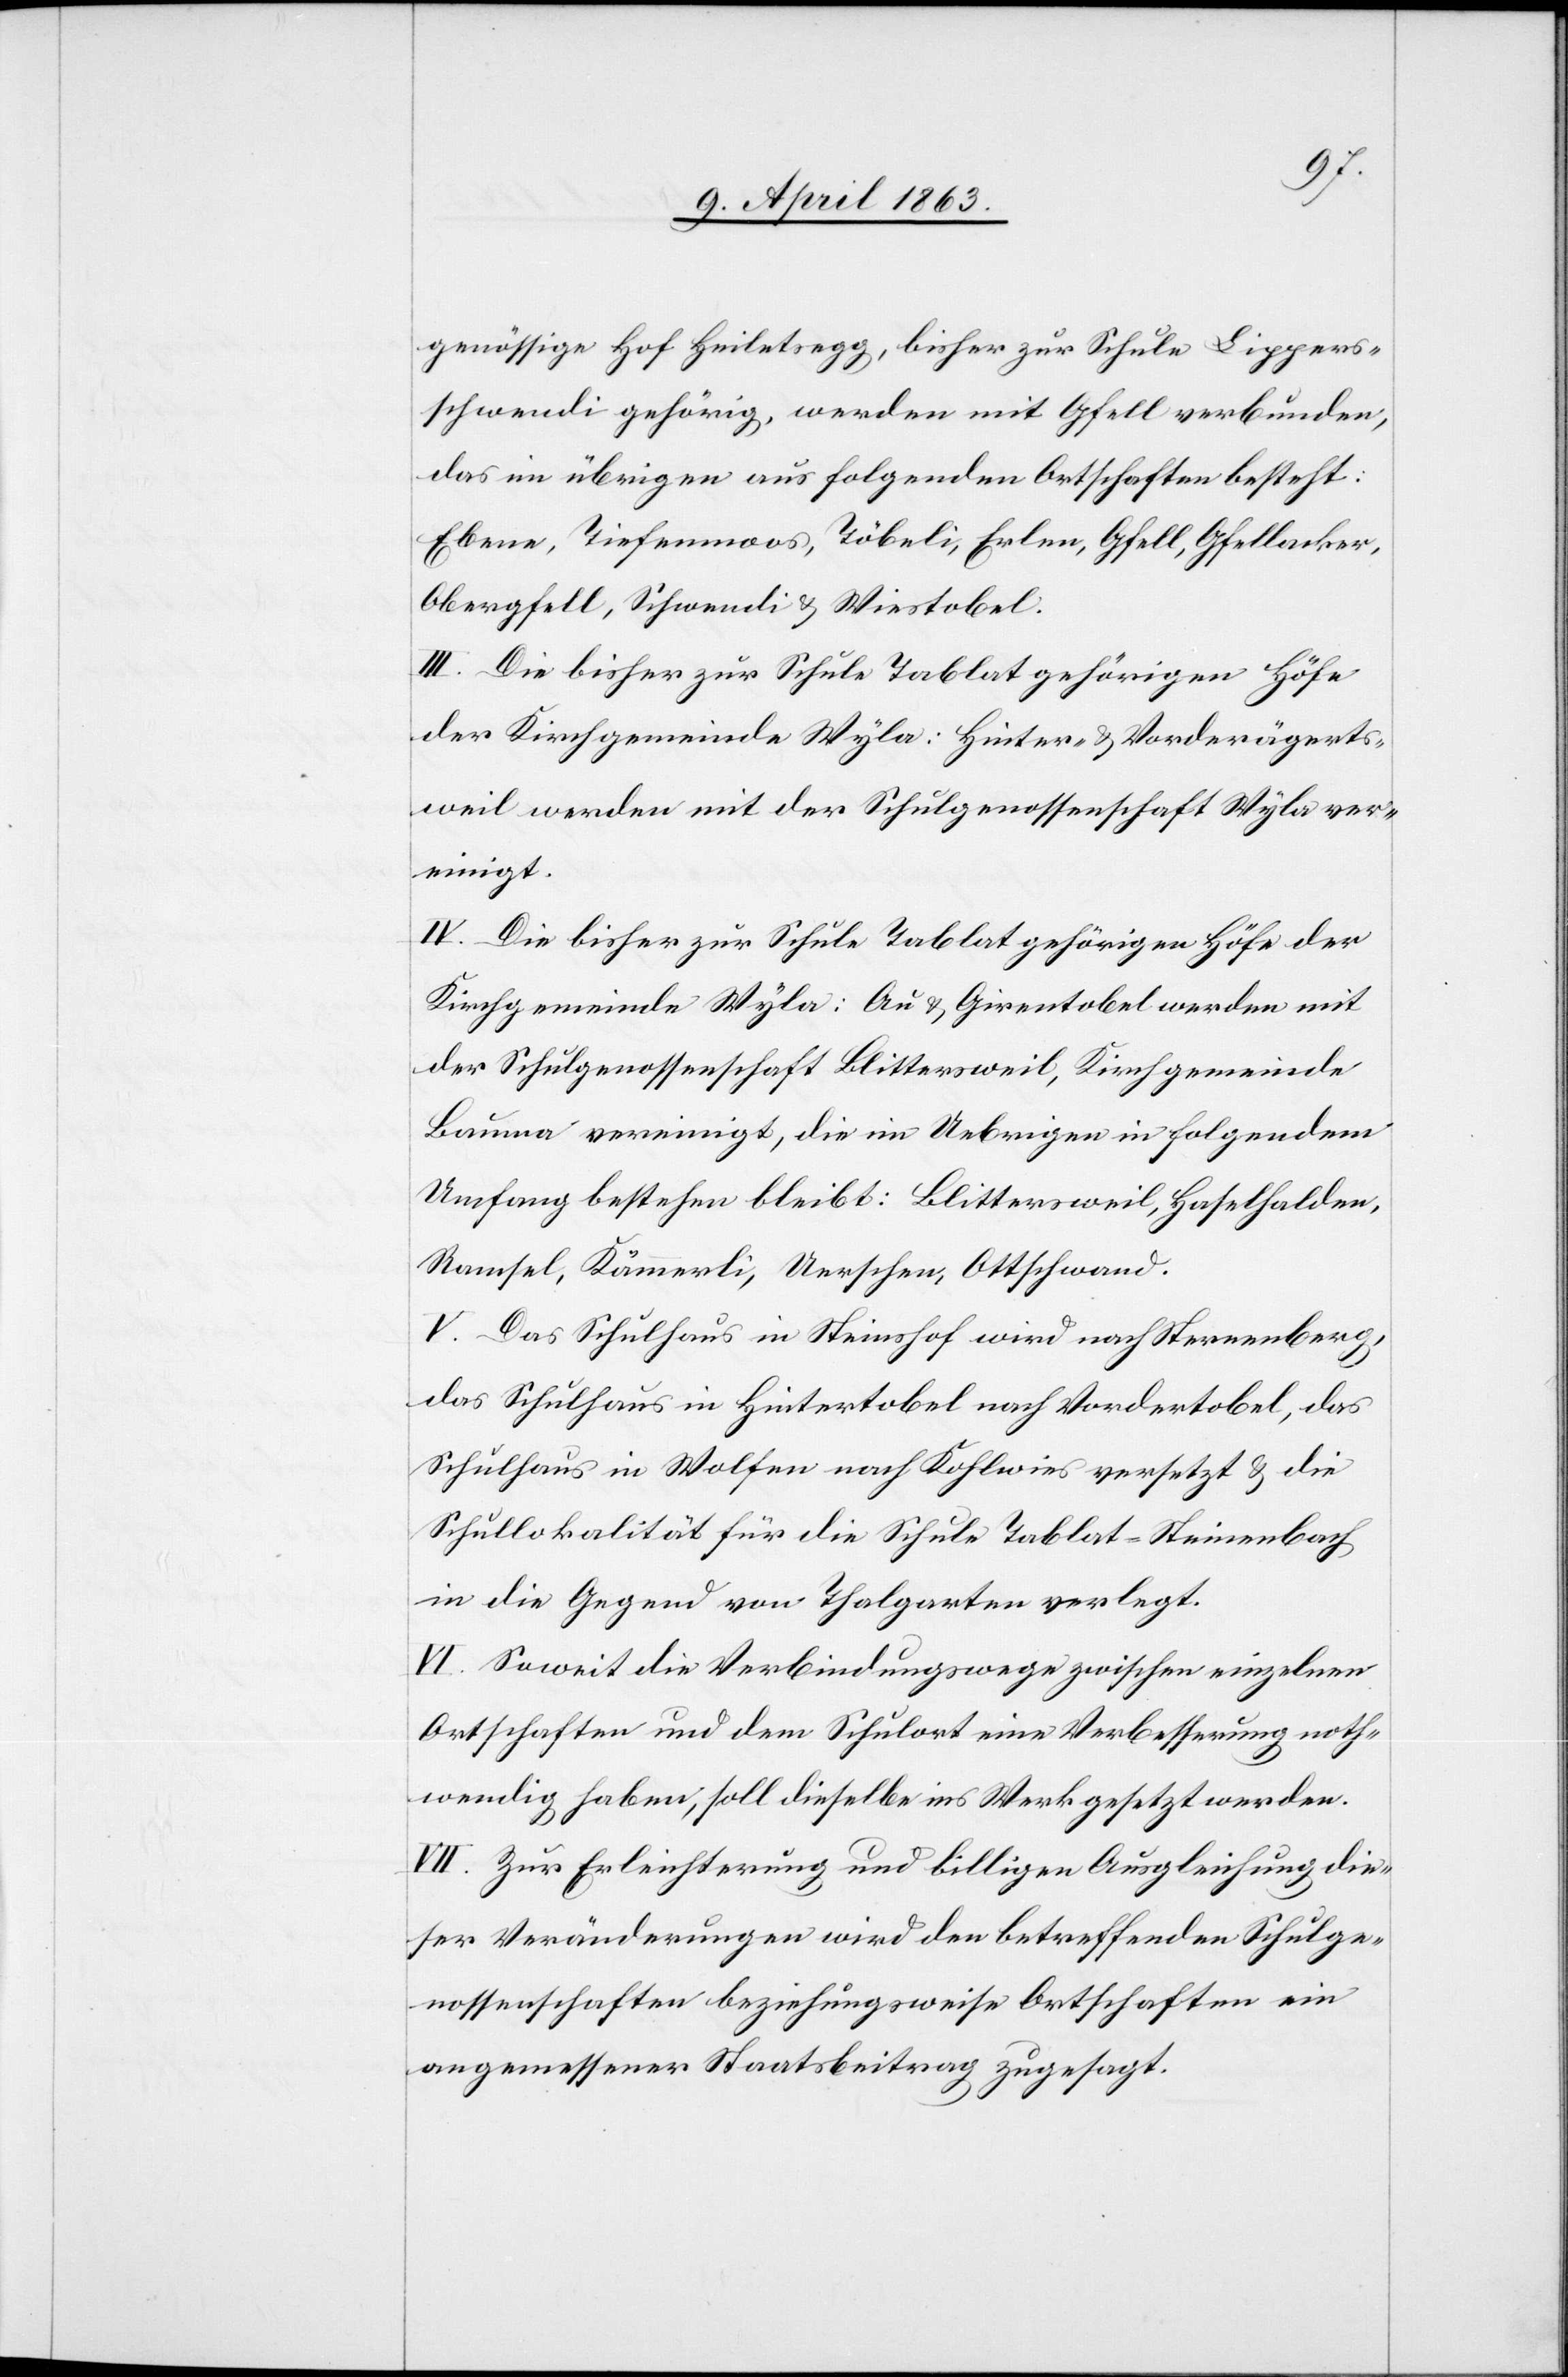
genössige Hof Heiletsegg, bisher zur Schule Lippers¬
schwendi gehörig, werden mit Gfell verbunden,
das im übrigen aus folgenden Ortschaften besteht:
Ebene, Tiefenmoos, Töbeli, Erlen, Gfell, Gfellacker,
Obergfell, Schwendi & Wiestobel.
III. Die bisher zur Schule Tablat gehörigen Höfe
der Kirchgemeinde Wyla: Hinter- & Vorderägerts¬
weil werden mit der Schulgenossenschaft Wyla ver¬
einigt.
IV. Die bisher zur Schule Tablat gehörigen Höfe der
Kirchgemeinde Wyla: Au & Girentobel werden mit
der Schulgenossenschaft Blittersweil, Kirchgemeinde
Bauma vereinigt, die im Uebrigen in folgendem
Umfang bestehen bleibt: Blittersweil, Haselhalden,
Ramsel, Kämmerli, Uerschen, Ottschwand.
V. Das Schulhaus in Steinshof wird nach Sternenberg,
das Schulhaus in Hintertobel nach Vordertobel, das
Schulhaus in Wolfen nach Kohlwies versetzt & die
Schullokalität für die Schule Tablat-Steinenbach
in die Gegend von Thalgarten verlegt.
VI. Soweit die Verbindungswege zwischen einzelnen
Ortschaften und dem Schulort eine Verbesserung noth¬
wendig haben, soll dieselbe ins Werk gesetzt werden.
VII. Zur Erleichterung und billigen Ausgleichung die¬
ser Veränderungen wird den betreffenden Schulge¬
nossenschaften beziehungsweise Ortschaften ein
angemessener Staatsbeitrag zugesagt.